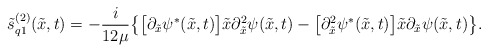
\begin{align*}\tilde s^{(2)}_{q1}(\tilde x, t)=-\frac{i}{12\mu}\bigl \{\bigl [ \partial_{\tilde x} \psi^{*}(\tilde x,t) \bigr ]\tilde x\partial_{\tilde x}^2\psi(\tilde x,t)-\bigl [ \partial_{\tilde x}^2\psi^{*}(\tilde x,t) \bigr ]\tilde x\partial_{\tilde x} \psi(\tilde x,t) \bigr \}.\end{align*}